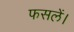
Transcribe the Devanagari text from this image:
फसलें।